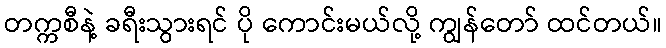
တက္ကစီနဲ့ ခရီးသွားရင် ပို ကောင်းမယ်လို့ ကျွန်တော် ထင်တယ်။